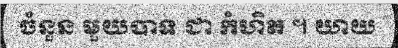
ចំនួន មួយបាទ ជា កំហិត ។ យាយ